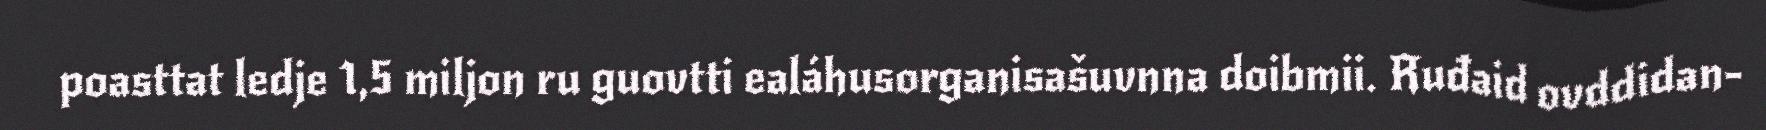
poasttat ledje 1,5 miljon ru guovtti ealáhusorganisašuvnna doibmii. Ruđaid ovddidan-